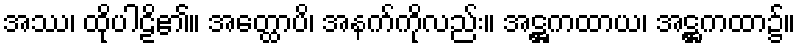
အဿ၊ ထိုပါဠိ၏။ အတ္ထောပိ၊ အနက်ကိုလည်း။ အဋ္ဌကထာယ၊ အဋ္ဌကထာ၌။